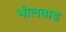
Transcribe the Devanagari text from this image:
भीलवाड